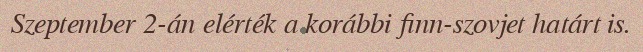
Szeptember 2-án elérték a korábbi finn-szovjet határt is.